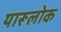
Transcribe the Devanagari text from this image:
यारूलोक